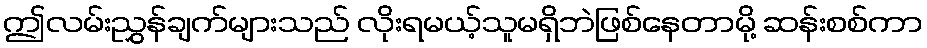
ဤလမ်းညွှန်ချက်များသည် လိုးရမယ့်သူမရှိဘဲဖြစ်နေတာမို့ ဆန်းစစ်ကာ